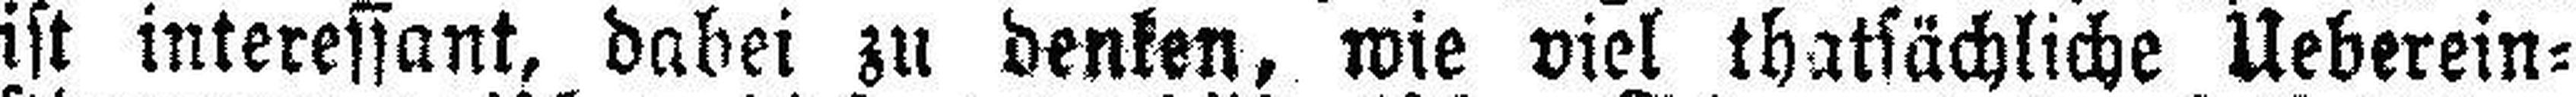
ist interessant, dabei zu denken, wie viel thatsächliche Ueberein¬